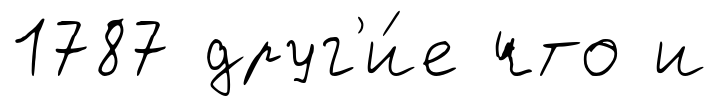
1787 друг'и́е что и